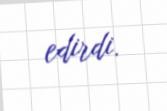
edirdi.